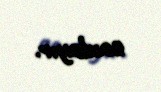
saxlayır.